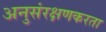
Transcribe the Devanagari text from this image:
अनुसंरक्षणकरता